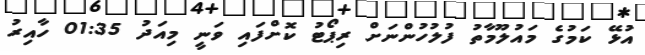
އުޅޭ ކަމުގެ މައުލޫމާތު ފުލުހުންނަށް ރިޕޯޓު ކޮށްފައި ވަނީ މިއަދު 01:35 ހާއިރު